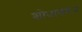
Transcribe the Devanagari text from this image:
शोधावरून